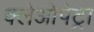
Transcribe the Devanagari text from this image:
क्लेओपेट्रा